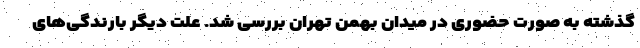
گذشته به صورت حضوری در میدان بهمن تهران بررسی شد. علت دیگر بارندگی‌های